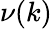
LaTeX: \nu(k)